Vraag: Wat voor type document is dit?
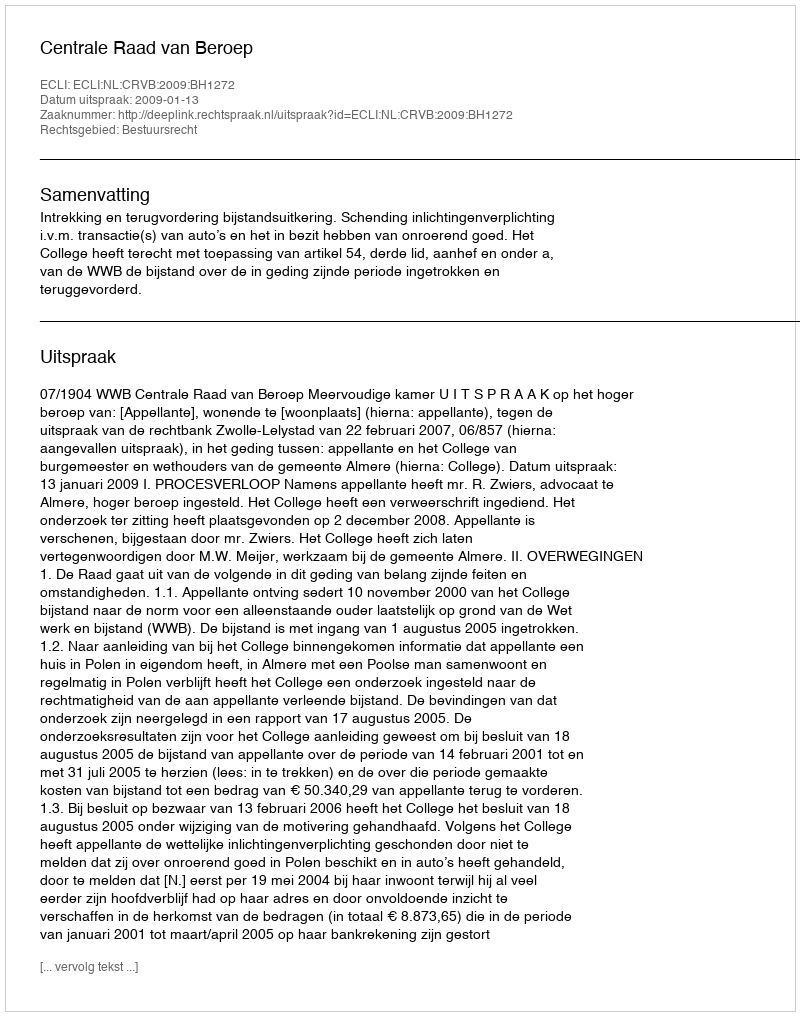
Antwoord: Uitspraak